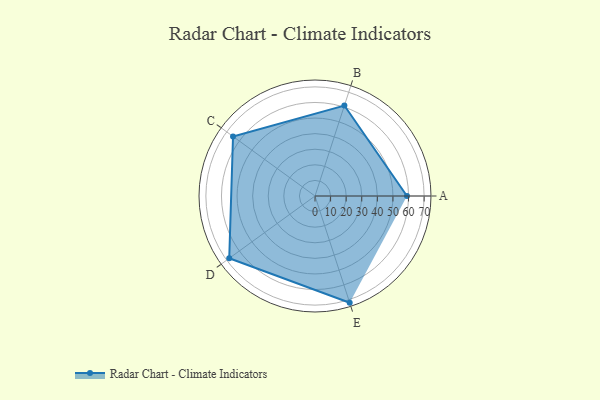
{"axis": {"x": "Skill", "y": "Score"}, "legend": ["Profile"], "data": [{"x": "A", "y": 59.0, "type": "Profile"}, {"x": "B", "y": 61.0, "type": "Profile"}, {"x": "C", "y": 65.0, "type": "Profile"}, {"x": "D", "y": 68.0, "type": "Profile"}, {"x": "E", "y": 72.0, "type": "Profile"}]}